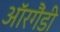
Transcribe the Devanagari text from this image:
ऑरगैंडी